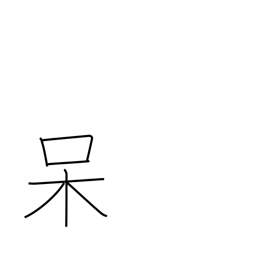
Meaning: shocked